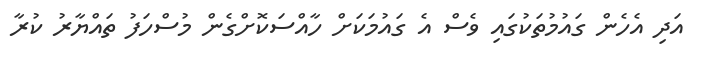
އަދި އެހެން ގައުމުތަކުގައި ވެސް އެ ގައުމަކަށް ހާއްސަކޮށްގެން މުސްހަފު ތައްޔާރު ކުރާ